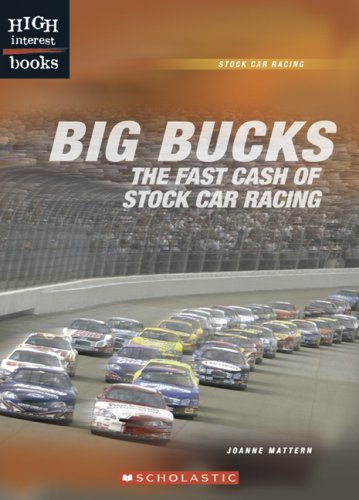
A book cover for Big Bucks: The Fast Cash of Stock Car Racing (High Interest Books: Stock Car Racing); Joanne Mattern; Teen & Young Adult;